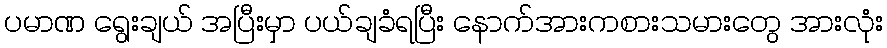
ပမာဏ ရွေးချယ် အပြီးမှာ ပယ်ချခံရပြီး နောက်အားကစားသမားတွေ အားလုံး